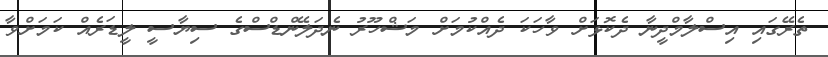
ތެރޭގައި އިސްލާމްދީނާ ދެކޮޅަށް ވާހަކަ ދެއްކުމަށް މަޝްހޫރު ނެދަލޭންޑްސްގެ ސިޔާސީ ލީޑަރެއް ކަމަށްވާ